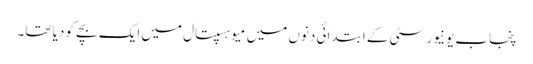
پنجاب یونیورسٹی کے ابتدائی دنوں میں میو ہسپتال میں ایک بچے کو دیا تھا۔